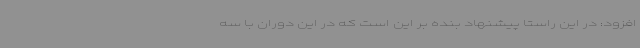
افزود: در این راستا پیشنهاد بنده بر این است که در این دوران با سه